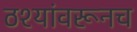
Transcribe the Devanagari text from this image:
ठश्यांवरूनच